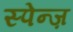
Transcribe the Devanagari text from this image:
स्पेन्ज़